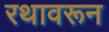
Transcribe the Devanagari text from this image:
रथावरून